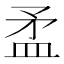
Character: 𥁛